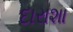
દારાશા